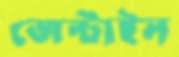
জেন্টাইল